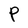
Character: P